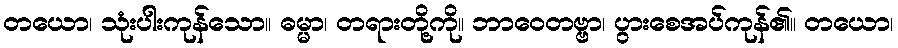
တယော၊ သုံးပါးကုန်သော။ ဓမ္မာ၊ တရားတို့ကို။ ဘာဝေတဗ္ဗာ၊ ပွားစေအပ်ကုန်၏။ တယော၊